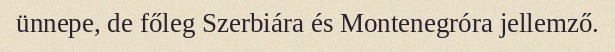
ünnepe, de főleg Szerbiára és Montenegróra jellemző.